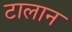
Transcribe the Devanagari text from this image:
टालान